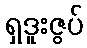
ရှဒူးဇွပ်